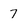
Character: 7